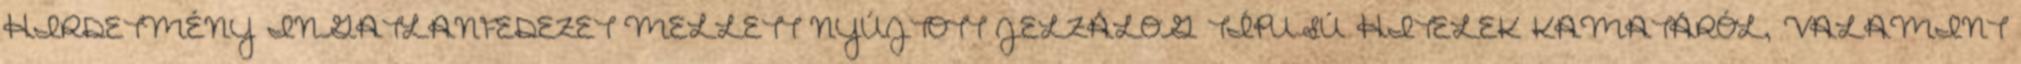
HIRDETMÉNY INGATLANFEDEZET MELLETT NYÚJTOTT JELZÁLOG TÍPUSÚ HITELEK KAMATÁRÓL, VALAMINT